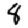
Digit: 8